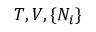
T , V , \{ N _ { i } \}